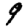
Digit: 9